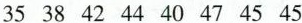
35 38 42 44 40 47 45 45